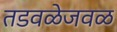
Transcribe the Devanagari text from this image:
तडवळेजवळ